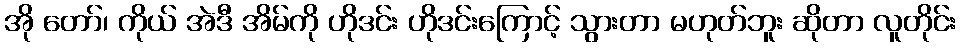
အို တော်၊ ကိုယ် အဲဒီ အိမ်ကို ဟိုဒင်း ဟိုဒင်းကြောင့် သွားတာ မဟုတ်ဘူး ဆိုတာ လူတိုင်း